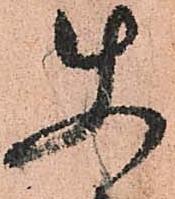
使